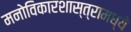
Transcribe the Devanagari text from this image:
मनोविकारशास्त्रामध्ये